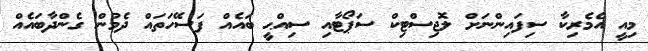
މިއީ އެމެރިކާ ސިފައިންނަށް ލޮޖިސްޓިކް ސަޕޯޓާއި ސިއްޙީ ބައެއް ފަސޭހަތައް ދެމުން ގެންދާބައެއް